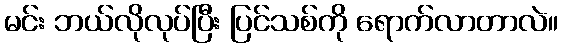
မင်း ဘယ်လိုလုပ်ပြီး ပြင်သစ်ကို ရောက်လာတာလဲ။